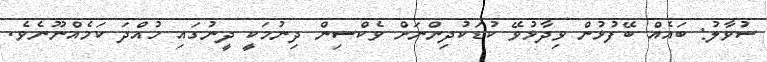
ސުވާލު: ބައެއް ބޭފުޅުން ވިދާޅުވޭ ކުޑަކުދިންނަށް ވެކްސިން ދިނުމަކީ ދީނުގައި ހުއްދަ ކަމެއްނޫނެވެ.